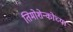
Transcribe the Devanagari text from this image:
तिमोशेन्कोच्या